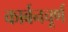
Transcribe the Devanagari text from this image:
कार्बनचूर्ण